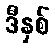
ဒီနှစ်